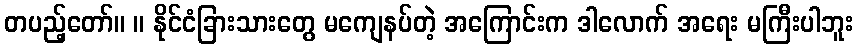
တပည့်တော်။ ။ နိုင်ငံခြားသားတွေ မကျေနပ်တဲ့ အကြောင်းက ဒါလောက် အရေး မကြီးပါဘူး